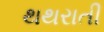
થથરાતી